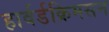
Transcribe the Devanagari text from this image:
हार्वर्डक्रिमसन